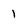
Character: 1